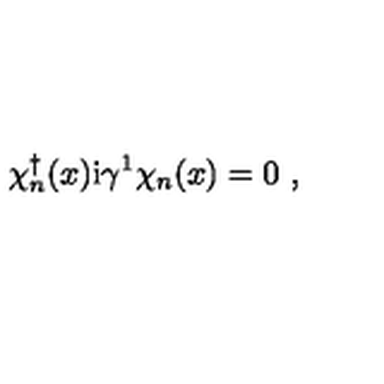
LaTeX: \chi _ { n } ^ { \dagger } ( x ) \mathrm { i } \gamma ^ { 1 } \chi _ { n } ( x ) = 0 \ ,